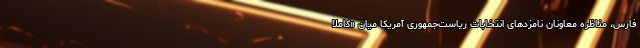
فارس، مناظره معاونان نامزدهای انتخابات ریاست‌جمهوری آمریکا میان «کاملا